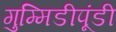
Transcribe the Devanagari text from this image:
गुम्मिडीपूंडी